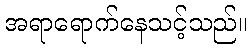
အရာရောက်နေသင့်သည်။